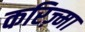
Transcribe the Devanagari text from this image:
करिज़्मा